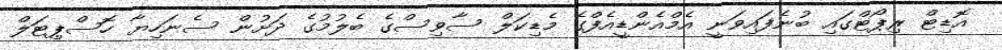
އޮޑިޓް ރިޕޯޓްގައި ބުނެފައިވަނީ އެމްއެންޑީއެފްގެ މެޑިކަލް ސާވިސްގެ ބެލުމުގެ ދަށުން ސެނަހިޔާ ހޮސްޕިޓަލް